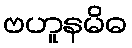
ဗဟူနမိဓ